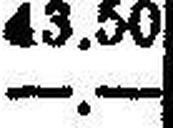
—.—